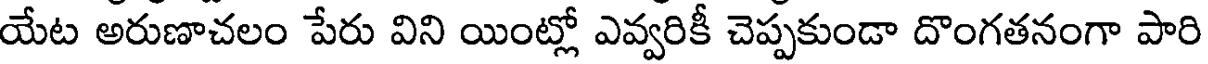
యేట అరుణాచలం పేరు విని యింట్లో ఎవ్వరికీ చెప్పకుండా దొంగతనంగా పారి